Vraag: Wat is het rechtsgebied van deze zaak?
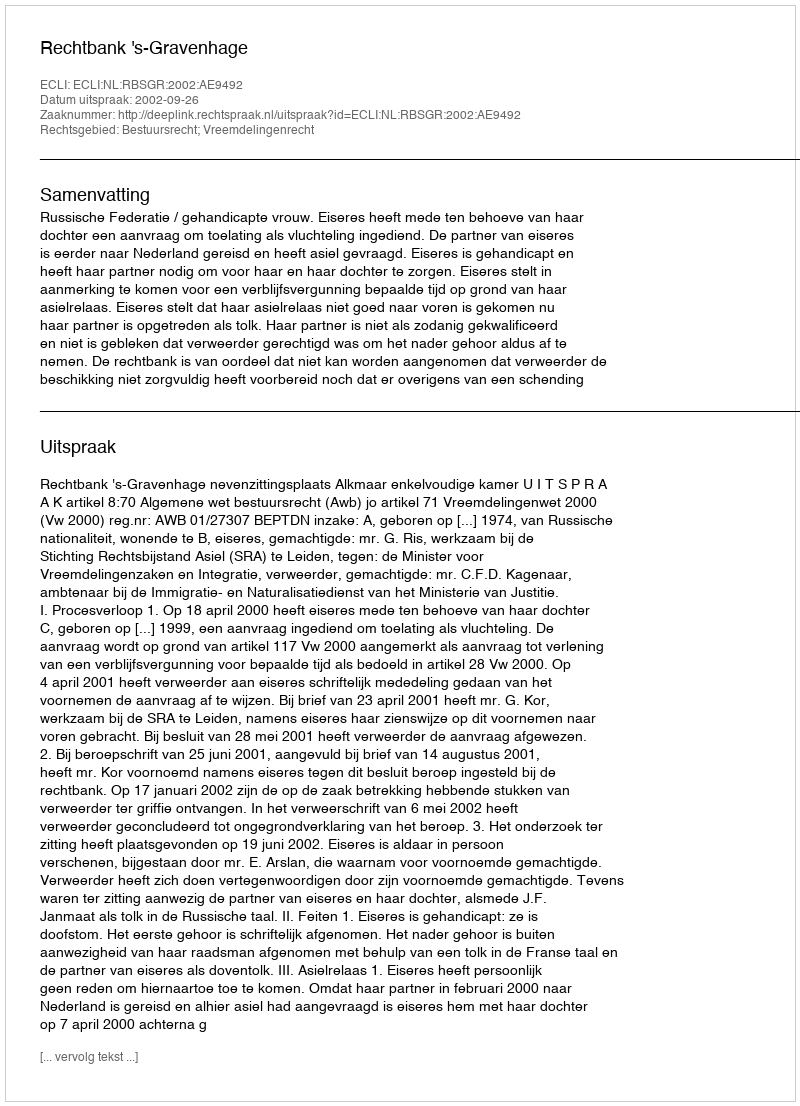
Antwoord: Bestuursrecht; Vreemdelingenrecht